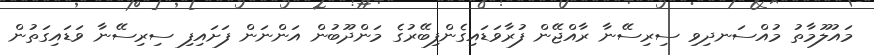
މައުލޫމާތު މުއްސަނދިވި ސިރިސޭނާ ރާއްޖޭން ފުރާވަޑައިގެންފިބޭރުގެ މަންދޫބުން އަންނަން ފަށައިފި ސިރިސޭނާ ވަޑައިގަތުން